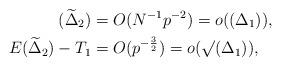
LaTeX: \begin{align*} (\widetilde{\Delta}_{2})&=O(N^{-1} p^{-2})=o((\Delta_{1})),\\ E(\widetilde{\Delta}_{2})-T_{1}&=O(p^{-\frac{3}{2}})=o(\surd{(\Delta_{1})}), \end{align*}